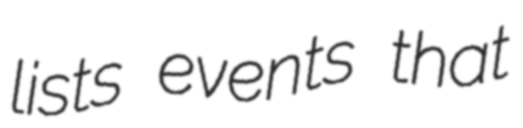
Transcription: lists events that